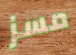
مسز